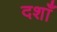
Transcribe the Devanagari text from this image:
दशाँ